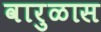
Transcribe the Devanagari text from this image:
वारुळास